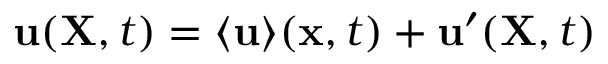
{ \bf { u } } ( { \bf { X } } , t ) = \langle { \bf { u } } \rangle ( { \bf { x } } , t ) + { \bf { u } } ^ { \prime } ( { \bf { X } } , t )